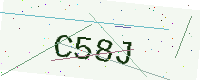
Text: C58J